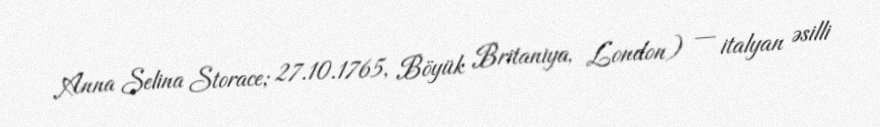
Anna Selina Storace; 27.10.1765, Böyük Britaniya, London) — italyan əsilli